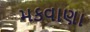
મકવાણા